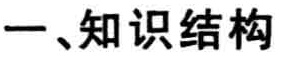
一、知识结构